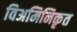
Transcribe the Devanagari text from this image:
विअमिनिकृत